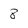
Character: 8